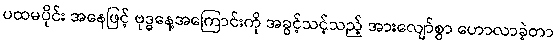
ပထမပိုင်း အနေဖြင့် ဗုဒ္ဓနေ့အကြောင်းကို အခွင့်သင့်သည့် အားလျော်စွာ ဟောလာခဲ့တာ